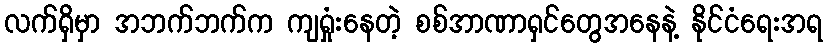
လက်ရှိမှာ အဘက်ဘက်က ကျရှုံးနေတဲ့ စစ်အာဏာရှင်တွေအနေနဲ့ နိုင်ငံရေးအရ